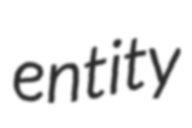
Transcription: entity